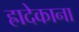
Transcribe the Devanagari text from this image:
ह्रादेकाना